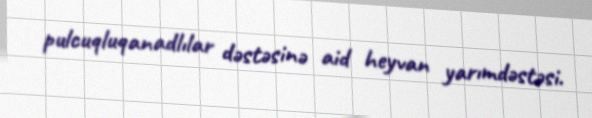
pulcuqluqanadlılar dəstəsinə aid heyvan yarımdəstəsi.